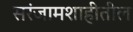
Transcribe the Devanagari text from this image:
सरंजामशाहीतील